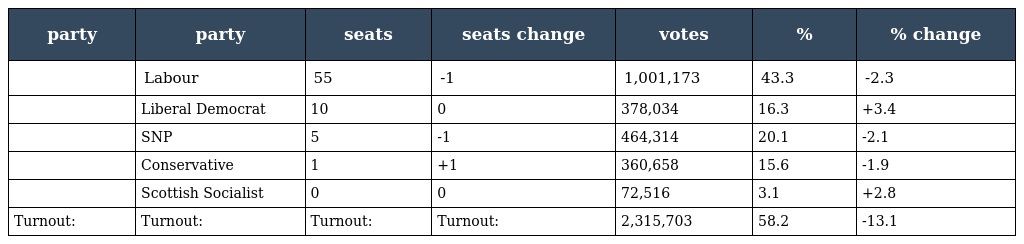
| party | party | seats | seats change | votes | % | % change |
 | --- | --- | --- | --- | --- | --- | --- |
 |  | Labour | 55 | -1 | 1,001,173 | 43.3 | -2.3 |
 |  | Liberal Democrat | 10 | 0 | 378,034 | 16.3 | +3.4 |
 |  | SNP | 5 | -1 | 464,314 | 20.1 | -2.1 |
 |  | Conservative | 1 | +1 | 360,658 | 15.6 | -1.9 |
 |  | Scottish Socialist | 0 | 0 | 72,516 | 3.1 | +2.8 |
 | Turnout: | Turnout: | Turnout: | Turnout: | 2,315,703 | 58.2 | -13.1 |